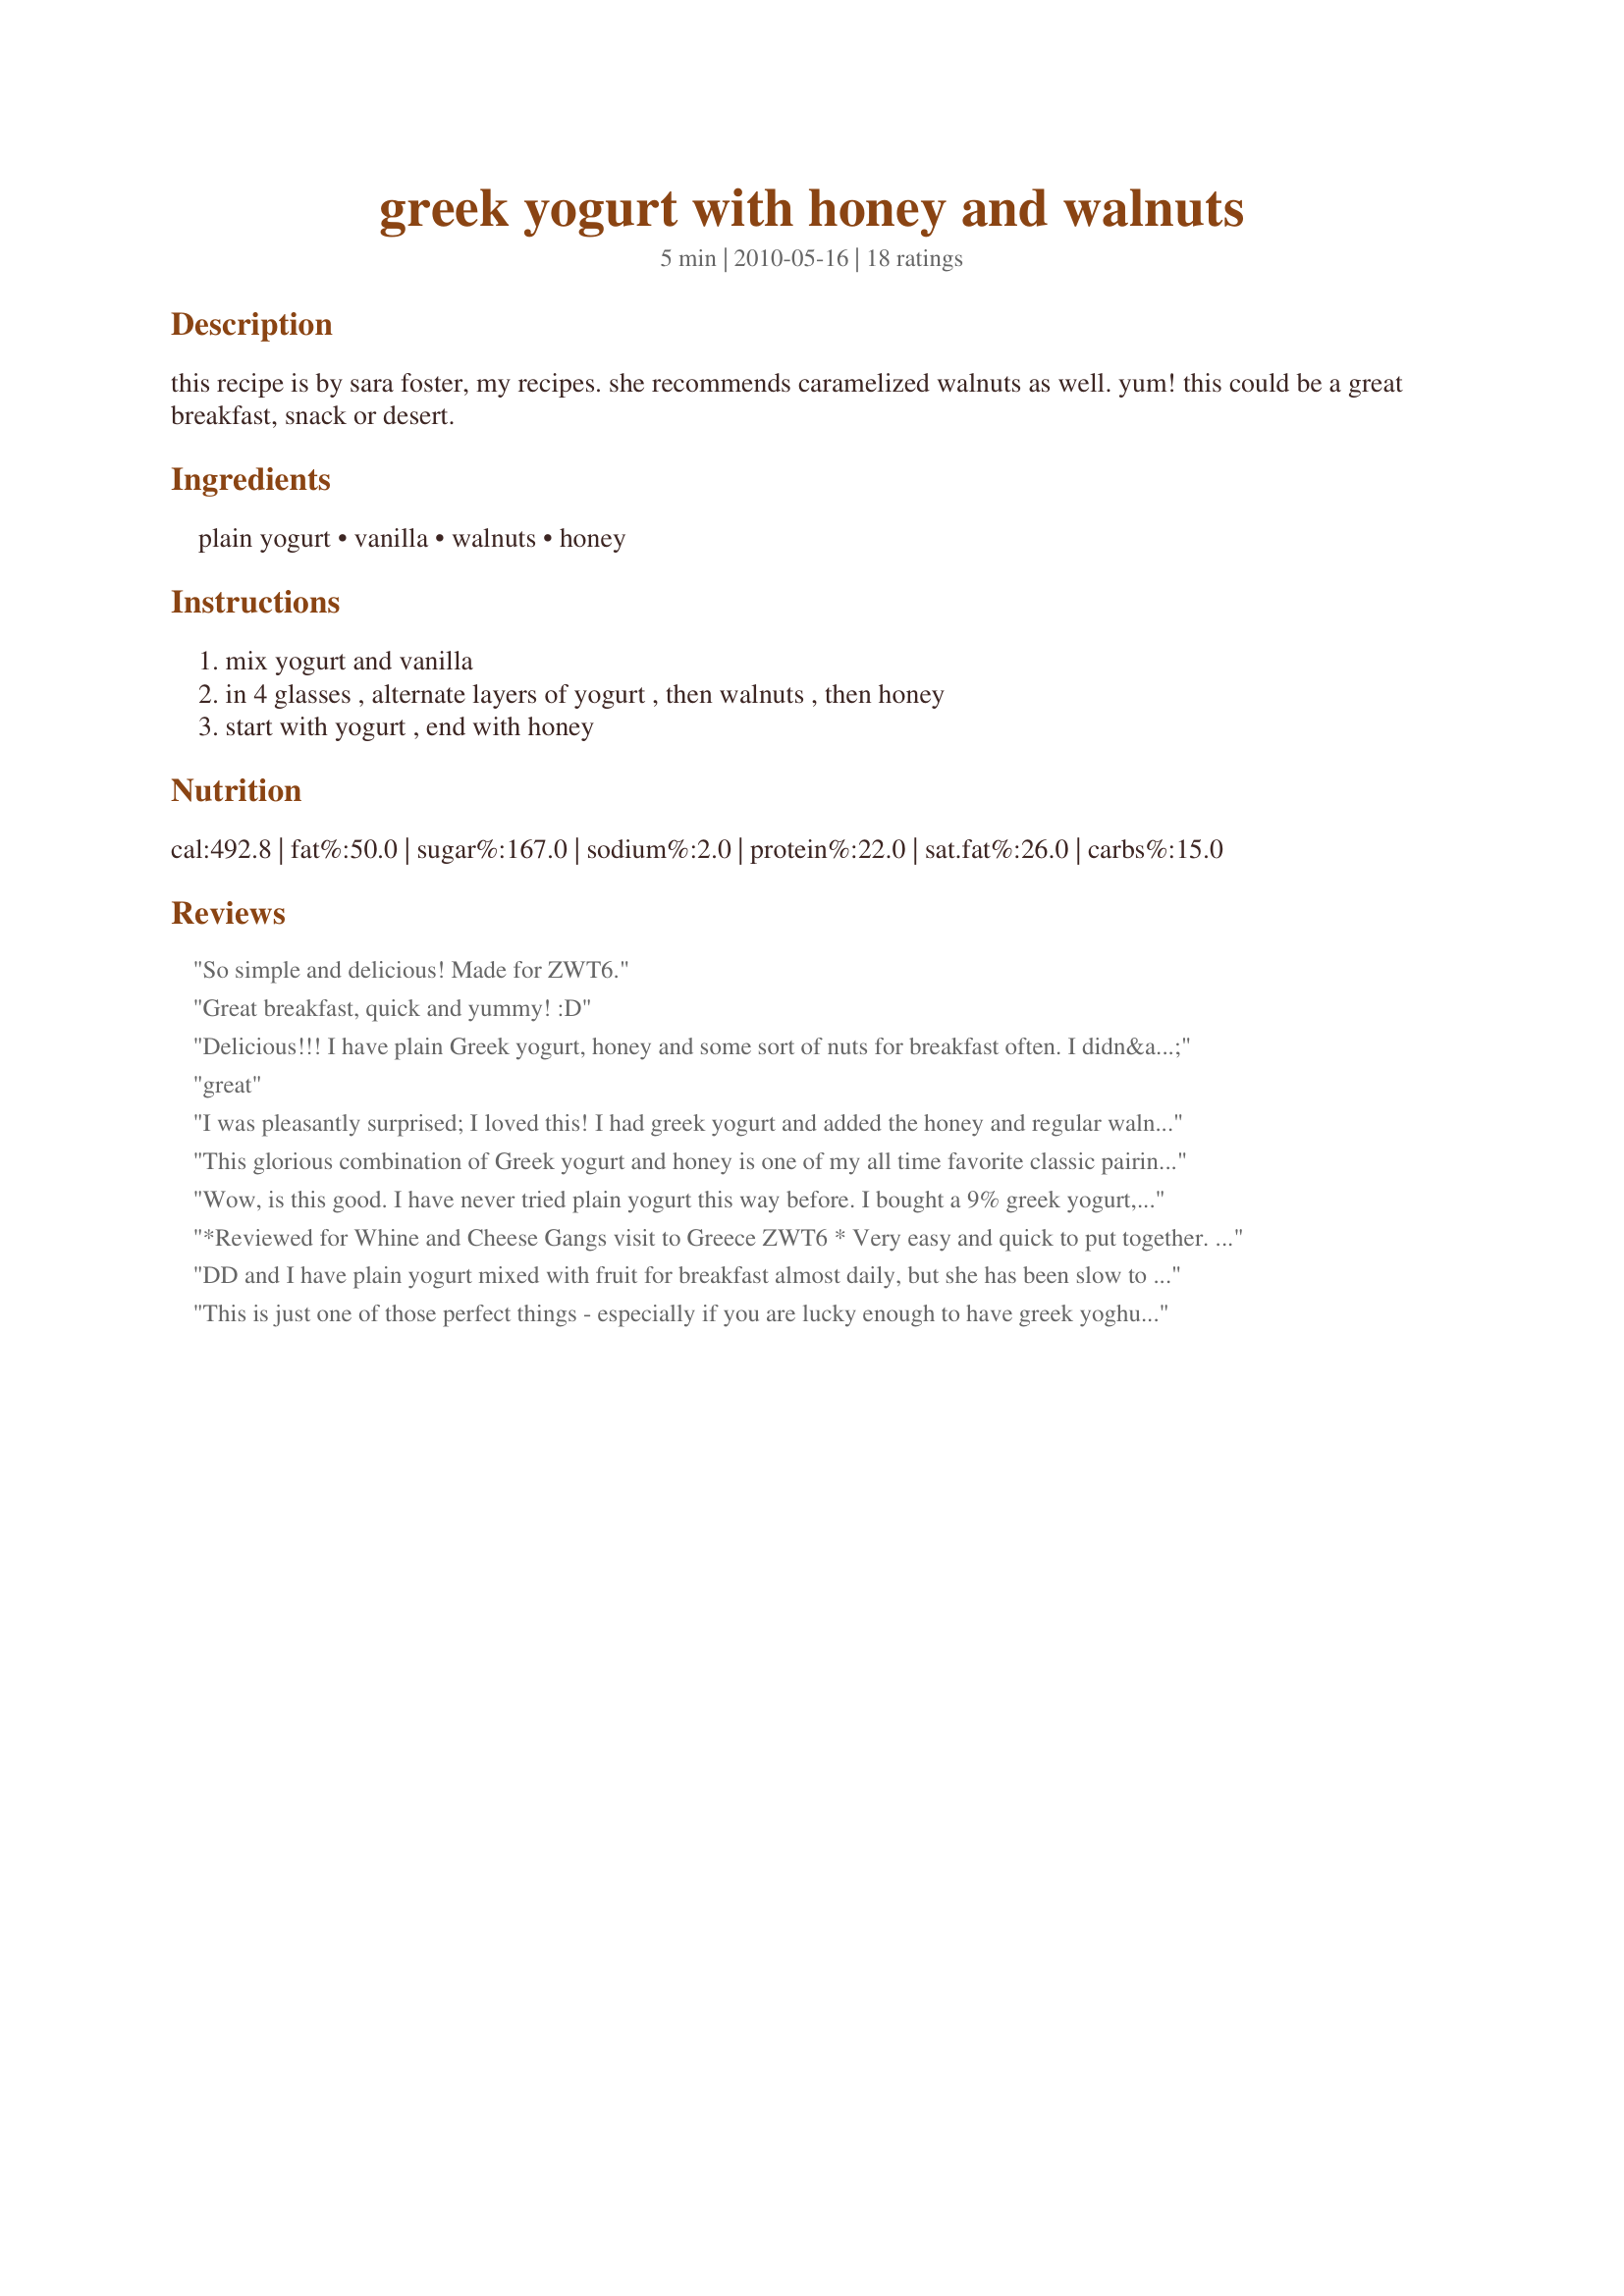
greek yogurt with honey and walnuts
Preparation time: 5 minutes

this recipe is by sara foster, my recipes. she recommends caramelized walnuts as well. yum! this could be a great breakfast, snack or desert.

Ingredients:
plain yogurt, vanilla, walnuts, honey

Steps:
mix yogurt and vanilla, in 4 glasses , alternate layers of yogurt , then walnuts , then honey, start with yogurt , end with honey

Reviews:
So simple and delicious! Made for ZWT6.
Great breakfast, quick and yummy! :D
Delicious!!! I have plain Greek yogurt, honey and some sort of nuts for breakfast often. I didn&#039;t think this recipe would be much different. However, the toasting of the walnuts makes a HUGE difference. So yummy. Thank you!
great
I was pleasantly surprised; I loved this! I had greek yogurt and added the honey and regular walnuts (maybe the candied ones, next time) and had this for a lovely breakfast. Quick and filling, I'm keeping this in my 'go-to Quick breakfast' file. Thanks for sharing your simple, yet filling, recipe, Pesto Lover. Made for ZWT.
This glorious combination of Greek yogurt and honey is one of my all time favorite classic pairings. I sprinkled a small amount of vanilla bean on top of the yogurt for dramatic effect. Using Oregon's own Nancy's whole milk yogurt and local honey; didn't caramelize the walnuts but I'll be sure to try that next time. ~Tasty Dish~ and I are happy to report this recipe as reviewed for ZWT #6 and the THE HERCULEAN HORTICULTURE CHALLENGE. Opa!
Wow, is this good. I have never tried plain yogurt this way before. I bought a 9% greek yogurt, it was beautiful and really thick, used toasted walnuts and wildflower honey, ambrosia. Thank you so much for sharing this simple recipe, it is wonderful, all the flavor. Sweet, tart, tangy, sour and nutty all in one bite. Sheer bliss. Made for ZWT9. Kudos on making it into my Favorites Cookbook for 2013.
*Reviewed for Whine and Cheese Gangs visit to Greece ZWT6 * Very easy and quick to put together. Would make a lovely addition to a brunch menu- attractive presentation. Really jazzed up plain yogurt. Use a gluten-free yogurt and this is suitable for my gf diet. Photo also to be posted
DD and I have plain yogurt mixed with fruit for breakfast almost daily, but she has been slow to appreciate Greek yogurt due to the thickness. I think this recipe may have swayed her; she licked the plate clean! She did not want walnuts, but I enjoyed the added crunch and think that candied walnuts would be divine. Thanks for posting!! Made for ZWT 9, Gourmet Goddesses.
This is just one of those perfect things - especially if you are lucky enough to have greek yoghurt and thyme honey. We can eat it 24/7.
i do yogurt for breakfast and have switched to plain this is really good made for zaar tour 6
Healthy advantages even for those who are diet ignorant. If you want some, meet me by the fridge.
Very delicious with Recipe #286057. I suggest the caramelizing the walnuts be required since it is so good that way! I did use less of them only because I finished the amount I had on hand. I used vanilla bean paste which is alcohol free and a unpasteurized local honey for its health benefit. I will be making this again!! Made for ZWT6 Greece/Cyprus region, for my team, The Ya Ya Cookerhood.
Don't judge this recipe by it's simple ingredients it is pure pleasure! From the contrast of the warm walnuts to the cool creamy yogurt and sweet honey. This makes a wonderful breakfast that is sure to be a repeat in our home. Made for ZWT 6 by an Unruly Under the Influence.
Simple and easy, with good flavors. I used Recipe #412375 for the walnut, and it was a nice addition. Thanks for sharing! ZWT6
We fell in love the moment we discovered greek yogurt and with the addition of toasted walnuts and honey - it just takes it over the top. So simple and delicious and so good for you! Will definitely make this treat again! Made for the Cookbook tag, February 2012.
Smooth, crunchy, sweet goodness. A great way to start the day!Used Recipe #257834 having the vanilla so I didn`t add any additional vanilla. Thanks. Made for Whine and Cheese of ZWT 6
Sometimes the best things in life are the simple things and this is definitely one of them. Made as written and will be making again. Thanks so much for the post.
